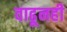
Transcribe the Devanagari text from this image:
वाढूनही